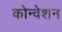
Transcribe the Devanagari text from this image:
कोन्वेशन